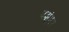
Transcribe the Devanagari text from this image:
पशूंवर